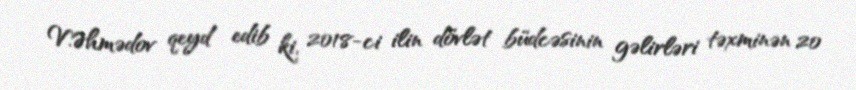
V.Əhmədov qeyd edib ki, 2018-ci ilin dövlət büdcəsinin gəlirləri təxminən 20